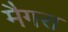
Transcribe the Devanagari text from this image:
मैगरा